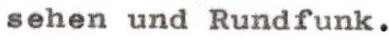
sehen und Rundfunk.